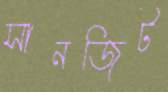
সানজিট